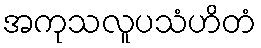
အကုသလူပသံဟိတံ